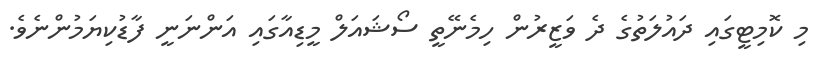
މި ކޮމިޓީގައި ދައުލަތުގެ ދެ ވަޒީރުން ހިމެނޭތީ ސޯޝައަލް މީޑިއާގައި އަންނަނީ ފާޑުކިޔަމުންނެވެ.